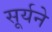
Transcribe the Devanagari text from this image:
सूर्यने